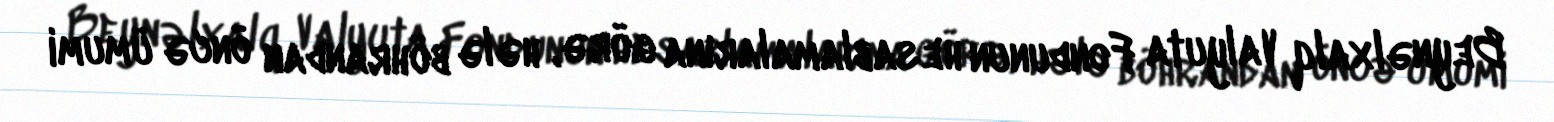
Beynəlxalq Valyuta Fondunun hesablamalarına görə, hələ böhrandan öncə ümumi